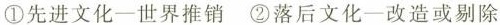
①先进文化-世界推销 ②落后文化-改造或剔除